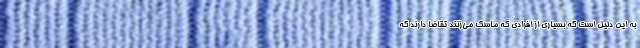
به این دلیل است که بسیاری از افرادی که ماسک می‌زنند تقاضا دارند که